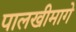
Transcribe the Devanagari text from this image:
पालखीमागे